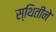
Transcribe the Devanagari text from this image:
स्थितीने